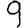
Digit: 9